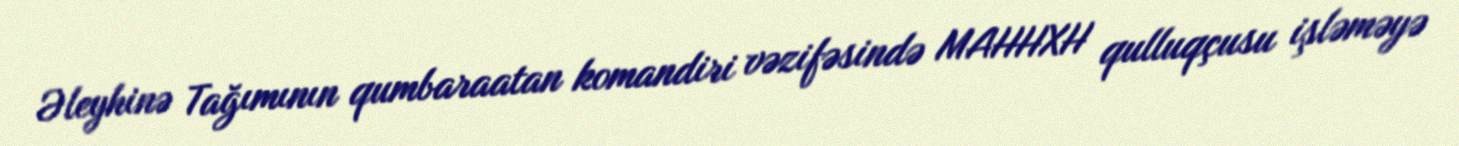
Əleyhinə Tağımının qumbaraatan komandiri vəzifəsində MAHHXH qulluqçusu işləməyə